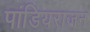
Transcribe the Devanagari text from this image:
पांडियराजन